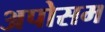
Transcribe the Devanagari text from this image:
अपोसम